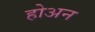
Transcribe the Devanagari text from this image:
होअन